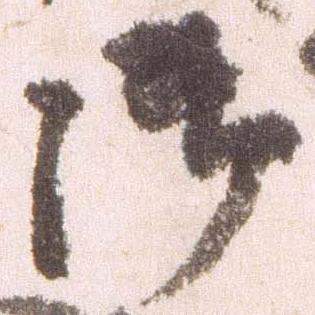
御